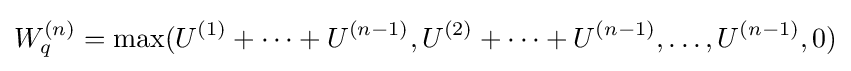
W_{q}^{(n)}=\max(U^{(1)}+\cdots +U^{(n-1)},U^{(2)}+\cdots +U^{(n-1)},\ldots ,U^{(n-1)},0)